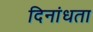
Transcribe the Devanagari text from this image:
दिनांधता